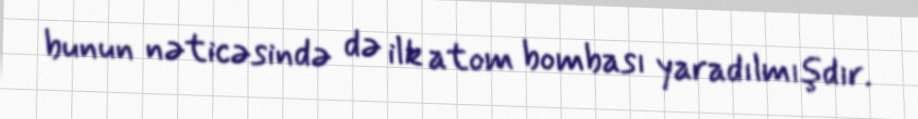
bunun nəticəsində də ilk atom bombası yaradılmışdır.